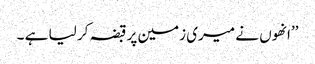
’’انھوں نے میری زمین پر قبضہ کر لیا ہے ۔